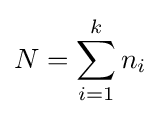
N=\sum _{i=1}^{k}n_{i}